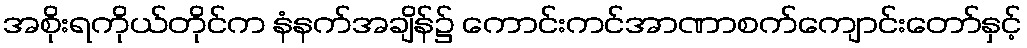
အစိုးရကိုယ်တိုင်က နံနက်အချိန်၌ ကောင်းကင်အာဏာစက်ကျောင်းတော်နှင့်